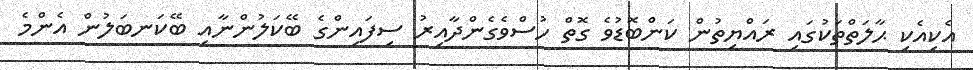
އެކިއެކި ޙާލަތްތަކުގައި ރައްޔިތުން ކަންބޮޑުވެ ގޮތް ހުސްވެގެންދާއިރު ސިފައިންގެ ބޭކަލުންނާއި ބޭކަނބަލުން އެންމެ